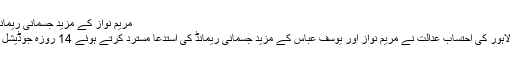
مریم نواز کے مزید جسمانی ریمانڈ کی استدعا مسترد
لاہور (پبلک نیوز) لاہور کی احتساب عدالت نے مریم نواز اور یوسف عباس کے مزید جسمانی ریمانڈ کی استدعا مسترد کرتے ہوئے 14 روزہ جوڈیشل ریمانڈ دے دیا ہے۔